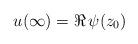
LaTeX: \begin{align*}u(\infty)=\Re\, \psi(z_0)\end{align*}